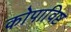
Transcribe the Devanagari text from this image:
कोपाविष्ट